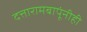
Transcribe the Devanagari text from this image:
दत्तारामबापूंनीही